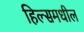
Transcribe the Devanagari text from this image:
हिल्समधील